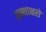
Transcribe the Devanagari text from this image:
ग्रन्थाक्षरों